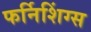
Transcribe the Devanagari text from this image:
फर्निशिंग्स